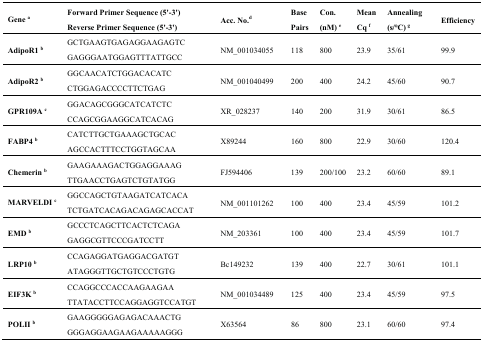
<table><thead><tr><td><b>Gene <sup>a</sup></b></td><td><b>Forward Primer Sequence (5&#x27;-3&#x27;) Reverse Primer Sequence (5&#x27;-3&#x27;)</b></td><td><b>Acc. No.<sup>d</sup></b></td><td><b>Base Pairs</b></td><td><b>Con. (nM) <sup>e</sup></b></td><td><b>Mean Cq <sup>f</sup></b></td><td><b>Annealing (s/°C) <sup>g</sup></b></td><td><b>Efficiency</b></td></tr></thead><tbody><tr><td><b>AdipoR1 <sup>b</sup></b></td><td>GCTGAAGTGAGAGGAAGAGTC GAGGGAATGGAGTTTATTGCC</td><td>NM_001034055</td><td>118</td><td>800</td><td>23.9</td><td>35/61</td><td>99.9</td></tr><tr><td><b>AdipoR2 <sup>b</sup></b></td><td>GGCAACATCTGGACACATC CTGGAGACCCCTTCTGAG</td><td>NM_001040499</td><td>200</td><td>400</td><td>24.2</td><td>45/60</td><td>90.7</td></tr><tr><td><b>GPR109A <sup>c</sup></b></td><td>GGACAGCGGGCATCATCTC CCAGCGGAAGGCATCACAG</td><td>XR_028237</td><td>140</td><td>200</td><td>31.9</td><td>30/61</td><td>86.5</td></tr><tr><td><b>FABP4 <sup>b</sup></b></td><td>CATCTTGCTGAAAGCTGCAC AGCCACTTTCCTGGTAGCAA</td><td>X89244</td><td>160</td><td>800</td><td>22.9</td><td>30/60</td><td>120.4</td></tr><tr><td><b>Chemerin <sup>b</sup></b></td><td>GAAGAAAGACTGGAGGAAAG TTGAACCTGAGTCTGTATGG</td><td>FJ594406</td><td>139</td><td>200/100</td><td>23.2</td><td>60/60</td><td>89.1</td></tr><tr><td><b>MARVELDI <sup>c</sup></b></td><td>GGCCAGCTGTAAGATCATCACA TCTGATCACAGACAGAGCACCAT</td><td>NM_001101262</td><td>100</td><td>400</td><td>23.4</td><td>45/59</td><td>101.2</td></tr><tr><td><b>EMD <sup>b</sup></b></td><td>GCCCTCAGCTTCACTCTCAGA GAGGCGTTCCCGATCCTT</td><td>NM_203361</td><td>100</td><td>400</td><td>23.4</td><td>45/59</td><td>101.7</td></tr><tr><td><b>LRP10 <sup>b</sup></b></td><td>CCAGAGGATGAGGACGATGT ATAGGGTTGCTGTCCCTGTG</td><td>Bc149232</td><td>139</td><td>400</td><td>22.7</td><td>30/61</td><td>101.1</td></tr><tr><td><b>EIF3K <sup>b</sup></b></td><td>CCAGGCCCACCAAGAAGAA TTATACCTTCCAGGAGGTCCATGT</td><td>NM_001034489</td><td>125</td><td>400</td><td>23.4</td><td>45/59</td><td>97.5</td></tr><tr><td><b>POLII <sup>b</sup></b></td><td>GAAGGGGGAGAGACAAACTG GGGAGGAAGAAGAAAAAGGG</td><td>X63564</td><td>86</td><td>800</td><td>23.1</td><td>60/60</td><td>97.4</td></tr></tbody></table>